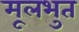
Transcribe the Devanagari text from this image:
मूलभुत